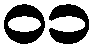
၀၁